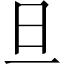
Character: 旦